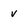
Character: v